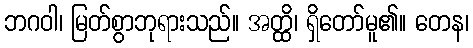
ဘဂဝါ၊ မြတ်စွာဘုရားသည်။ အတ္ထိ၊ ရှိတော်မူ၏။ တေန၊